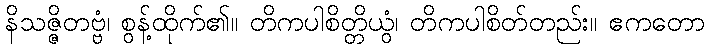
နိသဇ္ဇိတဗ္ဗံ၊ စွန့်ထိုက်၏။ တိကပါစိတ္တိယွံ၊ တိကပါစိတ်တည်း။ ဧကတော